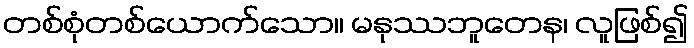
တစ်စုံတစ်ယောက်သော။ မနုဿဘူတေန၊ လူဖြစ်၍